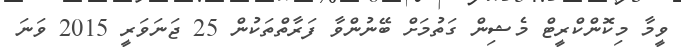
ވީމާ މިކޮންކްރީޓް މެޝިން ގަތުމަށް ބޭނުންވާ ފަރާތްތަކުން 25 ޖަނަވަރީ 2015 ވަނަ